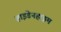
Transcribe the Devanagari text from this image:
हाइडेनहाइम